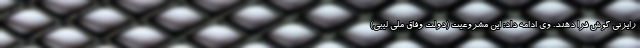
رایزنی گوش فرا دهند. وی ادامه داد: این مشروعیت (دولت وفاق ملی لیبی)